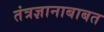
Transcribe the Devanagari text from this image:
तंत्रज्ञानाबाबत